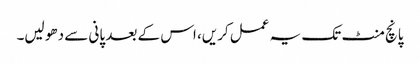
پانچ منٹ تک یہ عمل کریں، اس کے بعد پانی سے دھو لیں۔